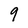
Character: 9